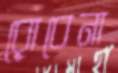
রোবেনা